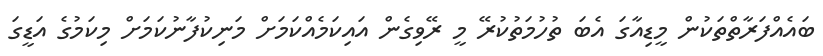
ބައެއްފަރާތްތަކުން މީޑިއާގަ އެބަ ތުހުމަތުކުރޭ މީ ރޭވިގެން އައިކަމެއްކަމަށް މަނިކުފާނުކަމަށް މިކަމުގެ އަޑީގަ